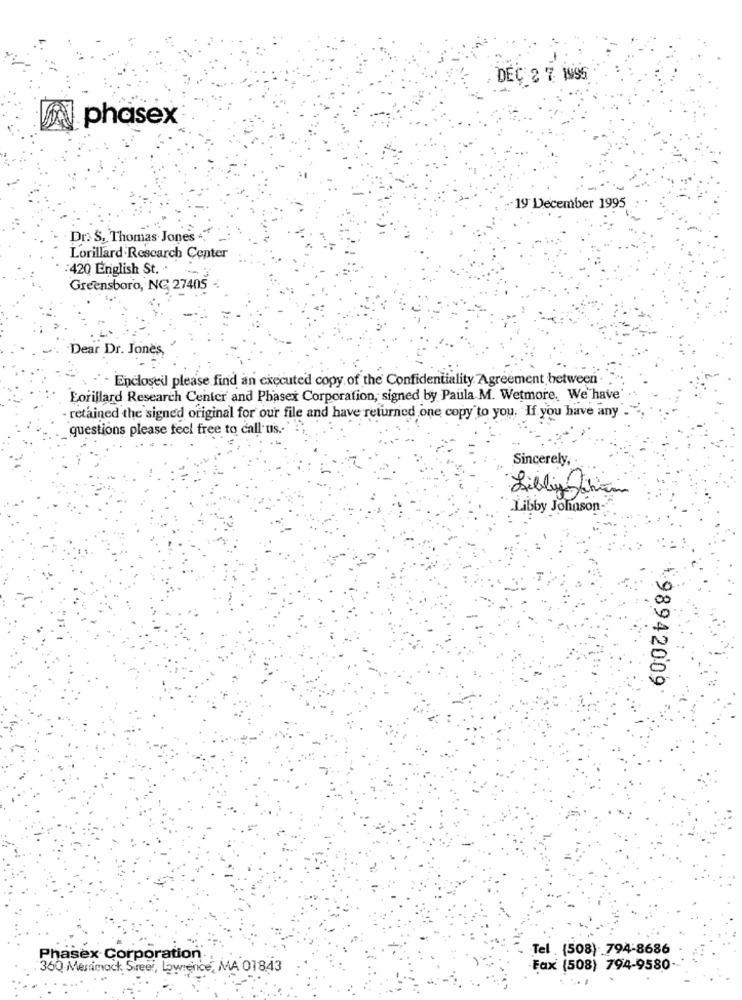
DEC 2 7 1995
phasex
19 December 1995
Dr. S. Thomas Jones +,"
Lorillard Research Center
: 420 English St. .
Greensboro, NG 27405
Dear Dr. Jones
Enclosed please find an executed copy of the Confidentiality. Agreement between
Forillard Research Center and Phasex Corporation, signed by Paula M. Wetmore. We'have'
retained the signed original for our file and have returned one copy to you. If you have any".
questions please feel free to call us ..
Sincerely,
Sibley ihin
Libby Johnson-
98942009
Tel . (508) 794-8686
Phasex Corporation .:
360 Menimock Street, Lowience, MA 01843
Fax (508) 794-9580